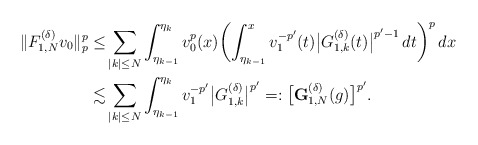
\begin{align*}\|{F}^{(\delta)}_{1,N}v_0\|_p^p\le&\sum_{|k|\le N}\int_{\eta_{k-1}}^{\eta_k} v_0^{p}(x)\biggl(\int_{\eta_{k-1}}^x v_1^{-p'}(t)\bigl|G^{(\delta)}_{1,k}(t)\bigr|^{p'-1}\,dt\biggr)^p\,dx\\\lesssim&\sum_{|k|\le N}\int_{\eta_{k-1}}^{\eta_k}v_1^{-p'}\bigl|G_{1,k}^{(\delta)}\bigr|^{p'}=:\bigl[\mathbf{G}^{(\delta)}_{1,N}(g)\bigr]^{p'}.\end{align*}